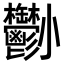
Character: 𡯀